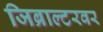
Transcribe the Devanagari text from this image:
जिब्राल्टरवर